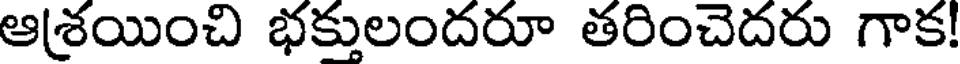
ఆ(శయించి భక్తులందరూ తరించెదరు గాక!